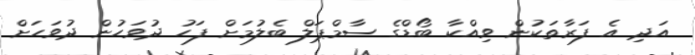
އަދި އެ ފަރާތަކުން ވިއްކާ ބޯޑްގެ ސާމްޕަލް ބެލުމަށް ފަހު ދުވަހުން ދުވަހަށް